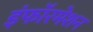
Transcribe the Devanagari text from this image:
इंफॉरमेशन